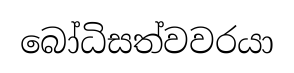
බෝධිසත්වවරයා